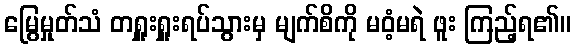
မြွေမှုတ်သံ တရှူးရှူးရပ်သွားမှ မျက်စိကို မဝံ့မရဲ ဖူး ကြည့်ရ၏။